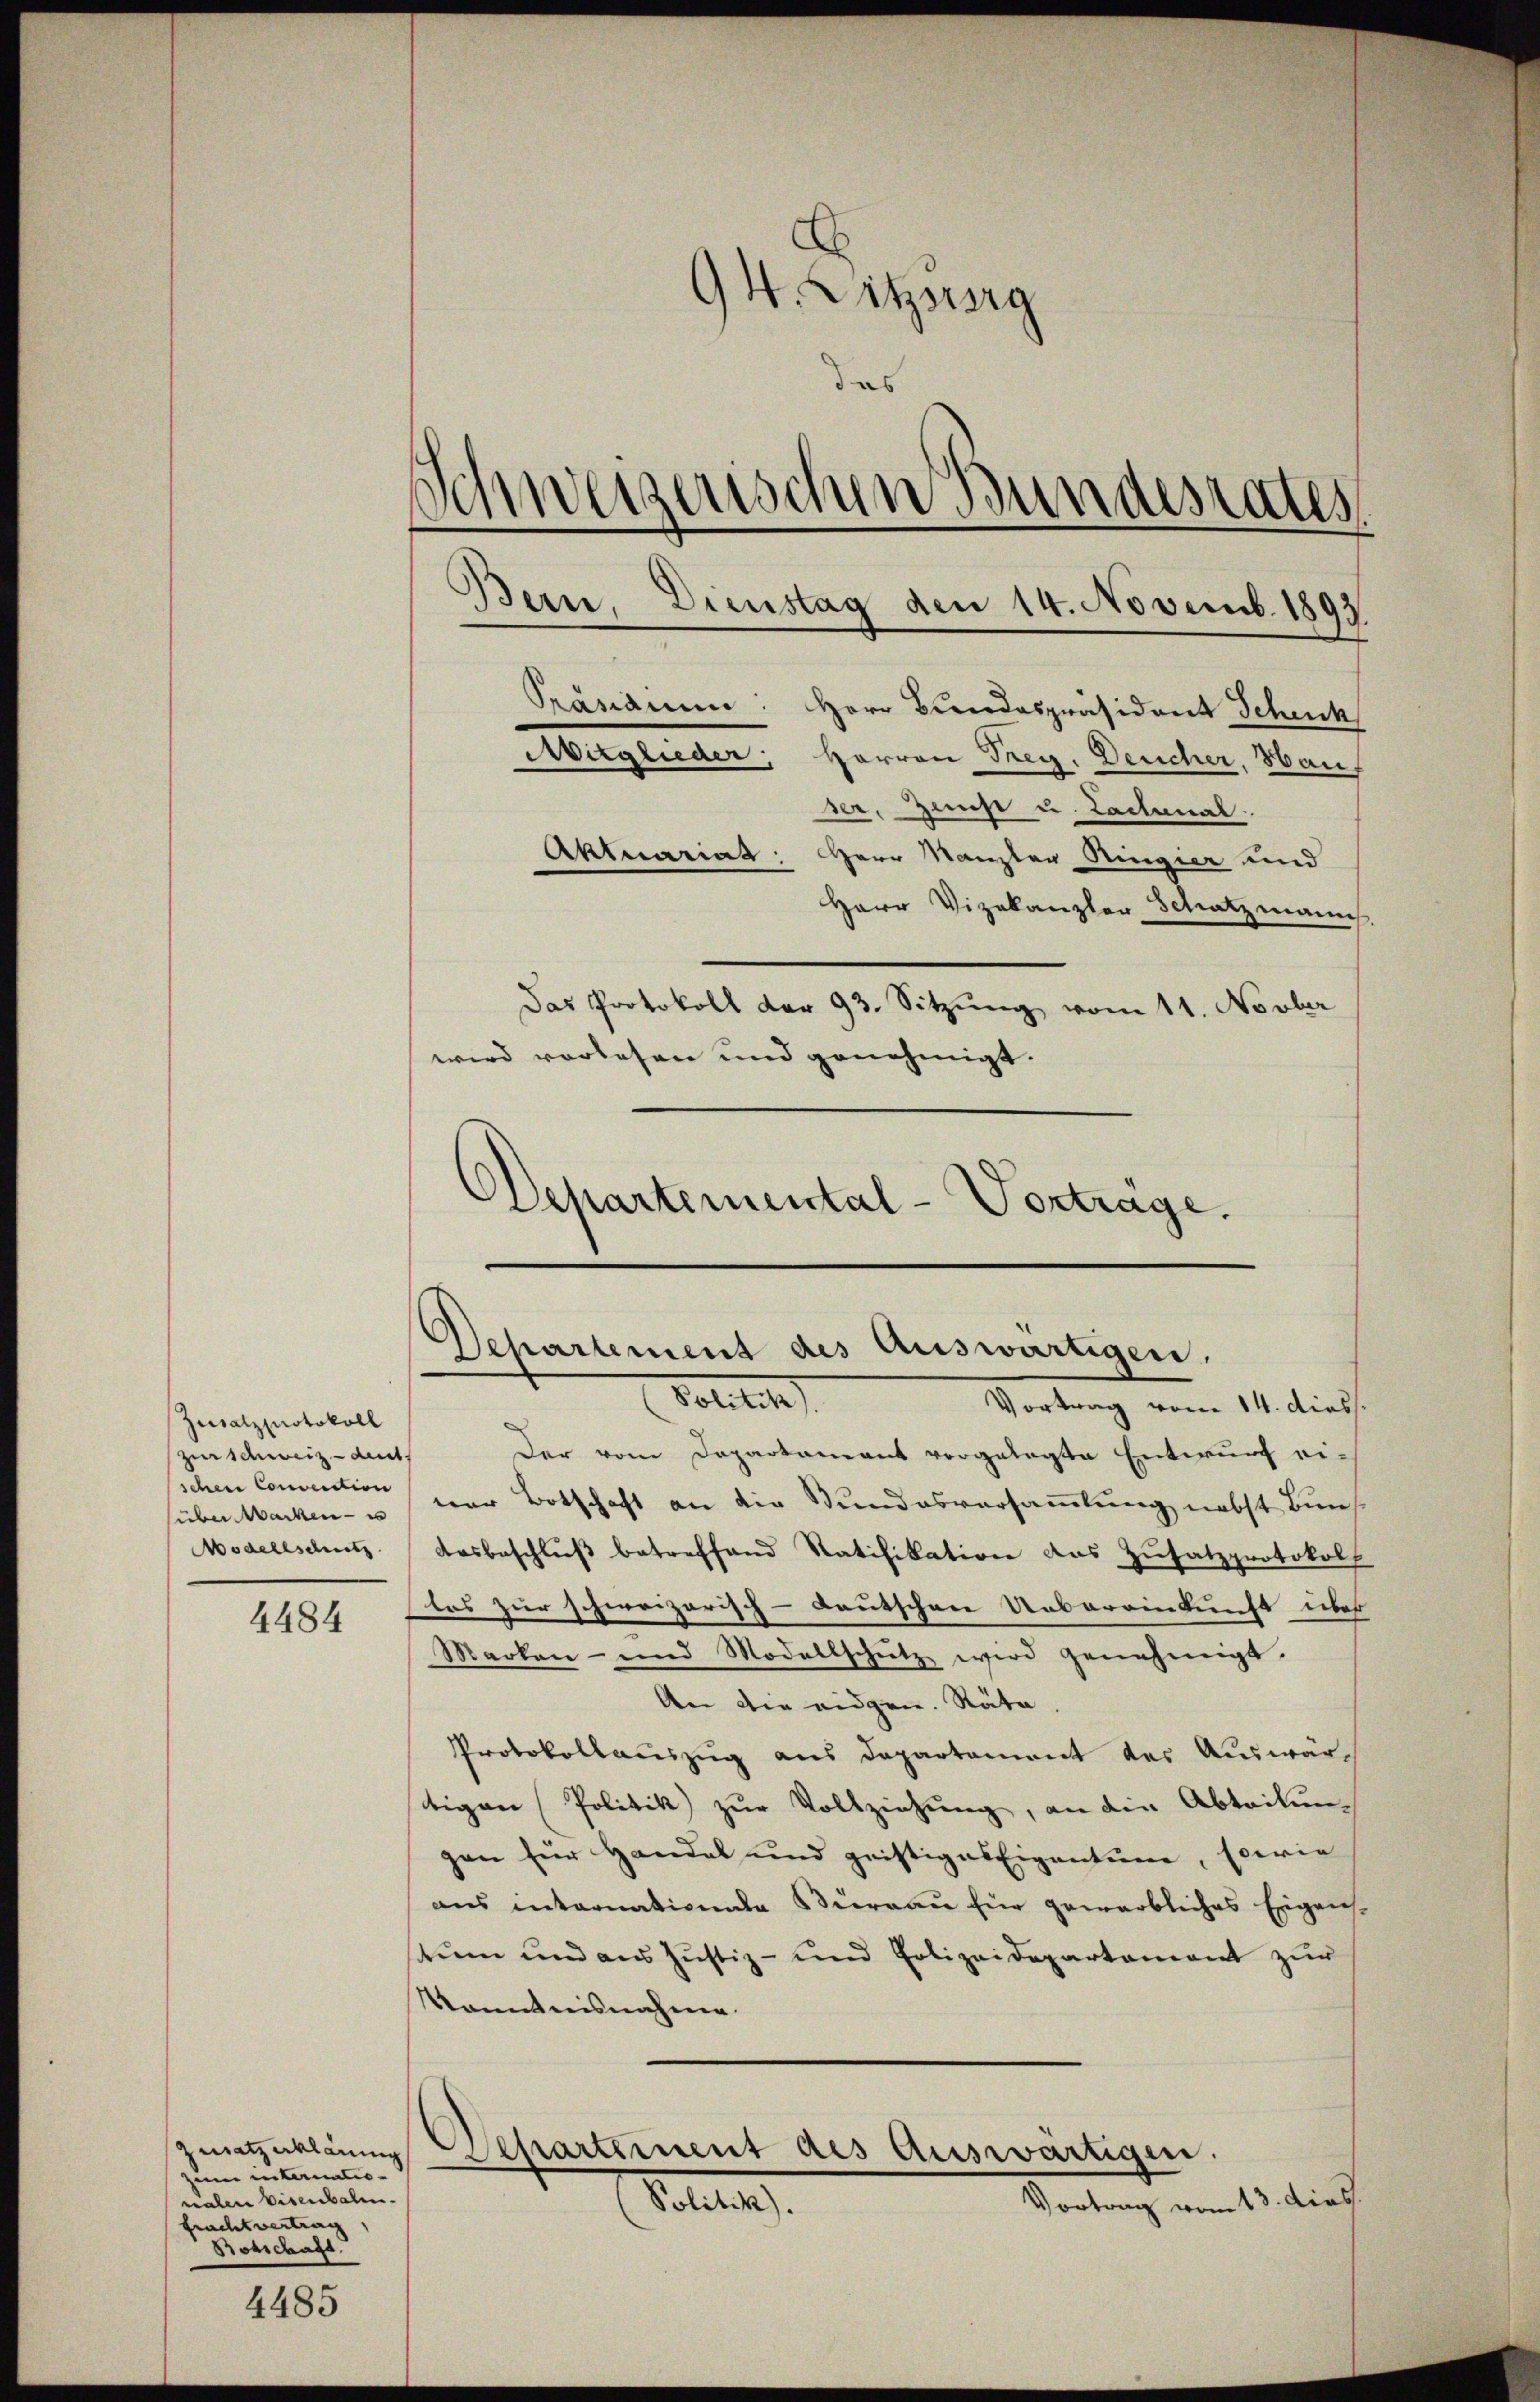
Zusatzprotokoll
zerschweiz - Ant
schen Conviction
über Wacken- u
Modellschutz

4484

zum internationalen Eisenbalen.
fracht vertrag
Botschaft.

4485

94. Litzung
as
e
weizerischen Bundesrates
Präsidium: Herr Bundespräsident Schenk
Mitglieder, Herren Frey. Deucher, Haus
ser, Zinst u. Lacanal
Aktuariat: Herr Kanzler Ringier und
Herr Vizekanzler Schatzmanns
Das Protokoll der 93. Sitzung vom 11. Novber
wird vorlesen und genehmigt.

Der vom Departament vorgelegte Entwurf einer Botschaft an die Stundesversammlung nebst Bundosbeschluβ betreffend Ratifikation des Zŭsatzprotokoll
tos zur schweizerisch-deutschen Uebereinkunft über
Marken- und Modellschütz wird genehmigt.
An die eidgen. Räte
Protokollauszug aus Departement das Auswärtigen Politik zur Vollziehung, an die Abteilung
gen für Handel und geistiges Eigentume, Ederie
aus internativende Büreau für gewerbliches Eigens-
stum und aus Justiz- und Polizeidepartement zur
Kenntnisnahmen.
zuatzklang Departement des Auswärtigen.
Politik).
Vortrag vom 13. dies

Bern, Dienstag den 14. Novemb. 1893

Departemental-Vorträge.
Departement des Auswärtigen.
Pott
Vortrag vom 14. diess.